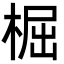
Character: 㭾